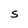
Character: S